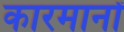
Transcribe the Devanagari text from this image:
कारमानों